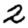
Digit: 2